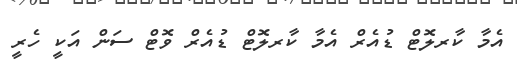
އެމާ ކާރލޮޓް ޑުއެރް އެމާ ކާރލޮޓް ޑުއެރް ވޮޓް ސަން އަކީ ހެރީ